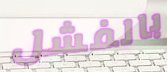
بالفشل